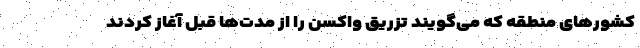
کشورهای منطقه که می‌گویند تزریق واکسن را از مدت‌ها قبل آغاز کردند